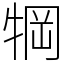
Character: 犅